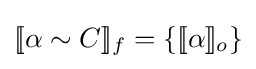
[\![\alpha \sim C]\!]_{f}=\{[\![\alpha ]\!]_{o}\}